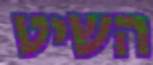
השיט